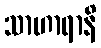
သာဟာရာနိ